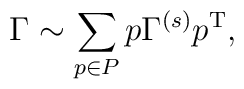
\Gamma \sim \sum_{p \in P} p \Gamma^{(s)} p^{\rm T},